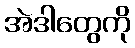
အဲဒါတွေကို